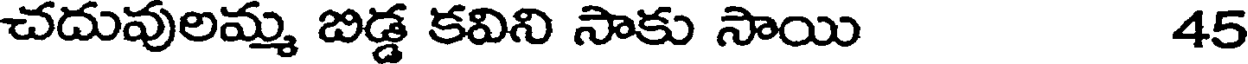
చదువులమ్మ బిడ్డ కవిని సాకు సాయి 45